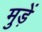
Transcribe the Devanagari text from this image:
मुड़ें